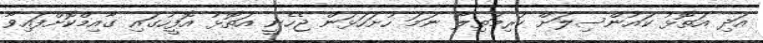
އަދި އަތޮޅު ކައުންސިލަށް ކުރިމަތިލާ ނަމަ ހުށަހަޅަން ޖެހެނީ އަތޮޅު އޮފީހުގައި ގާއިމްކޮށްފައިވާ